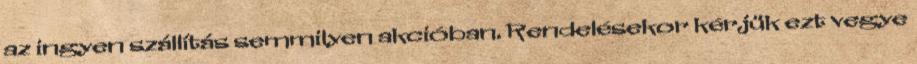
az ingyen szállítás semmilyen akcióban. Rendelésekor kérjük ezt vegye